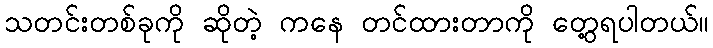
သတင်းတစ်ခုကို ဆိုတဲ့ ကနေ တင်ထားတာကို တွေ့ရပါတယ်။